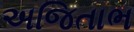
અજિતાભ